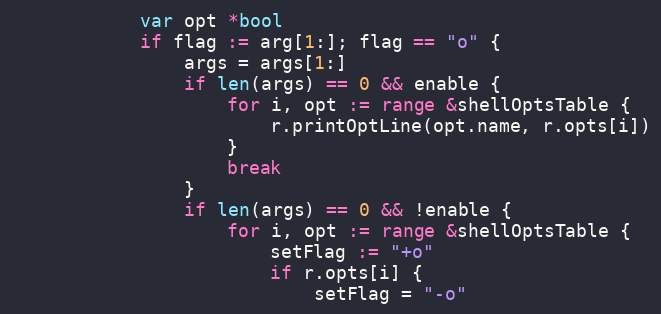
Language: Go
			var opt *bool
			if flag := arg[1:]; flag == "o" {
				args = args[1:]
				if len(args) == 0 && enable {
					for i, opt := range &shellOptsTable {
						r.printOptLine(opt.name, r.opts[i])
					}
					break
				}
				if len(args) == 0 && !enable {
					for i, opt := range &shellOptsTable {
						setFlag := "+o"
						if r.opts[i] {
							setFlag = "-o"